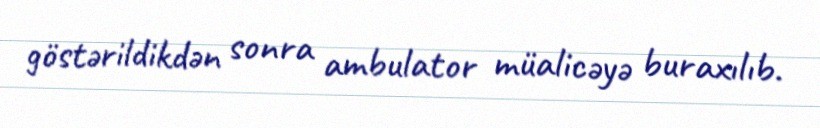
göstərildikdən sonra ambulator müalicəyə buraxılıb.